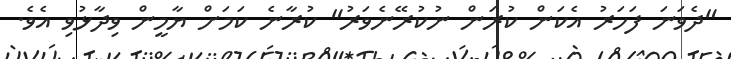
"ދެވަނަ ފަހަރު އެކަން ކުރަން ނުކުރޭނެވަރު" ކުރާނެ ކަމަށް ޔާމީން ވިދާޅުވި އެވެ.